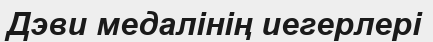
Дэви медалінің иегерлері